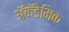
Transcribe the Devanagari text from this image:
ॲकॅडेमिक